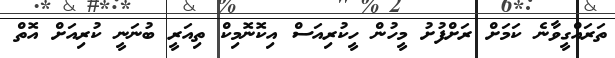
ތަަރައްގީވާނެ ކަމަށް ރަށްފުށު މީހުން ހީކުރިއަސް އިކޮނޮމިކް ތިއަރީ ބުނަނީ ކުރިއަށް އޮތް